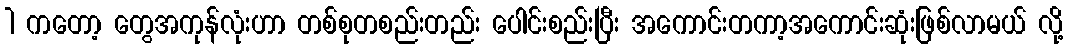
1 ကတော့ တွေအကုန်လုံးဟာ တစ်စုတစည်းတည်း ပေါင်းစည်းပြီး အကောင်းတကာ့အကောင်းဆုံးဖြစ်လာမယ် လို့